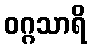
ဝဂ္ဂသာရိ